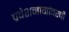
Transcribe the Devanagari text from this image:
प्रवेशमार्गावरची